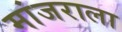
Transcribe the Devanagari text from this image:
मांजराला